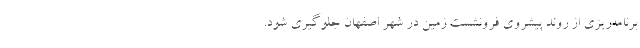
برنامه‌ریزی از روند پیشروی فرونشست زمین در شهر اصفهان جلوگیری شود.